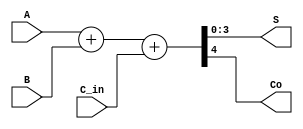
`timescale 1ps/1ps

module Sum_com4b
(
	input [3:0]A,
	input [3:0]B,
	input C_in,
	output [3:0]S,
	output Co
);
wire [4:0]re;
assign re=A+B+C_in;
assign S=re[3:0];
assign Co=re[4];

endmodule